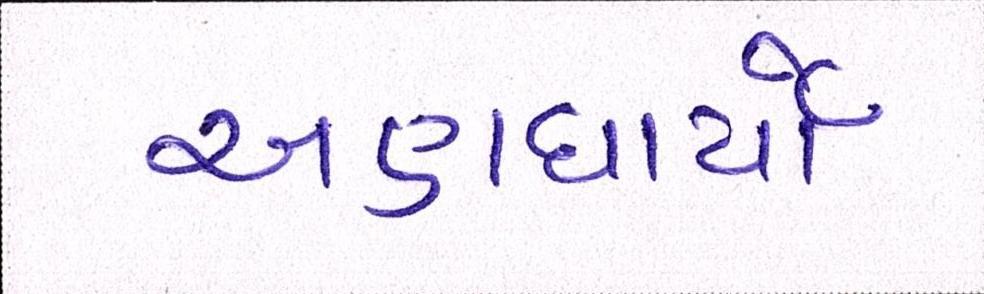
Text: અણધાર્યો